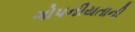
ગોપનીયતાની